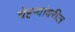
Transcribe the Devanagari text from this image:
चेहर्‍यांवरील